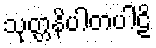
သုတ္တနိပါတပါဠိ